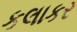
કલાકર